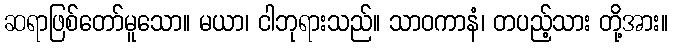
ဆရာဖြစ်တော်မူသော။ မယာ၊ ငါဘုရားသည်။ သာဝကာနံ၊ တပည့်သား တို့အား။